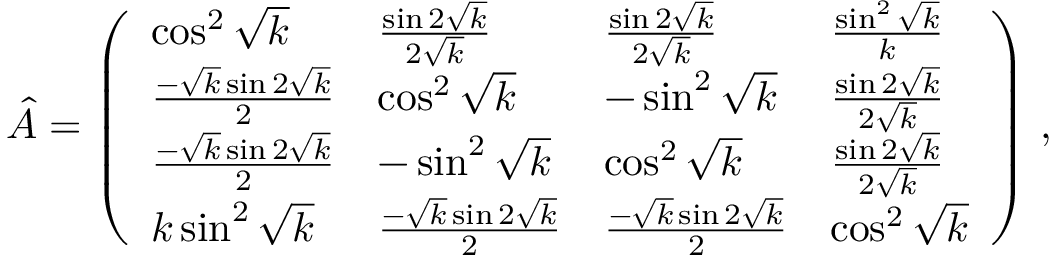
\hat { A } = \left( \begin{array} { l l l l } { \cos ^ { 2 } \sqrt { k } } & { \frac { \sin 2 \sqrt { k } } { 2 \sqrt { k } } } & { \frac { \sin 2 \sqrt { k } } { 2 \sqrt { k } } } & { \frac { \sin ^ { 2 } \sqrt { k } } { k } } \\ { \frac { - \sqrt { k } \sin 2 \sqrt { k } } { 2 } } & { \cos ^ { 2 } \sqrt { k } } & { - \sin ^ { 2 } \sqrt { k } } & { \frac { \sin 2 \sqrt { k } } { 2 \sqrt { k } } } \\ { \frac { - \sqrt { k } \sin 2 \sqrt { k } } { 2 } } & { - \sin ^ { 2 } \sqrt { k } } & { \cos ^ { 2 } \sqrt { k } } & { \frac { \sin 2 \sqrt { k } } { 2 \sqrt { k } } } \\ { k \sin ^ { 2 } \sqrt { k } } & { \frac { - \sqrt { k } \sin 2 \sqrt { k } } { 2 } } & { \frac { - \sqrt { k } \sin 2 \sqrt { k } } { 2 } } & { \cos ^ { 2 } \sqrt { k } } \end{array} \right) \, ,